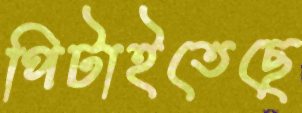
পিটাইতেছে